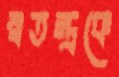
স্বতন্ত্রকে